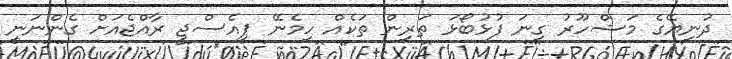
ދުނިޔޭގެ މަޝްހޫރު ގިނަ ފުޅުބޯޅަ ތަރިން ތަކެއް ހިމެނޭ ޕީއެސްޖީ ރާއްޖެއަށް ގެންނަނީ